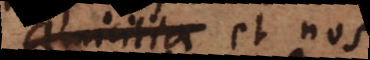
amicitia et nos